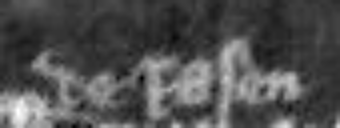
de Rasen